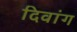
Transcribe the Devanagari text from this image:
दिवांग